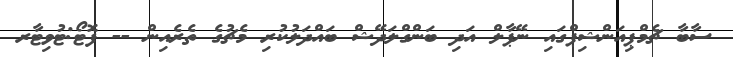
ސާބާ ޗެމްޕިއަންޝިޕްގައި ނޭޕާލް އަދި ބަންގްލަދޭޝް ބައްދަލުކުރި މެޗުގެ ތެރެއިން -- ފޮޓޯ:ޓުވިޓާރ